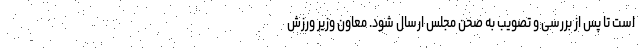
است تا پس از بررسی و تصویب به صحن مجلس ارسال شود. معاون وزیر ورزش